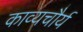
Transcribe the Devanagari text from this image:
काव्यचौर्य